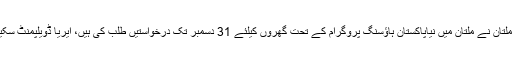
جیو نیوز کے مطابق پنجاب ہاﺅسنگ اینڈ ٹاﺅن پلاننگ ایجنسی سب ریجن ملتان نے ملتان میں نیاپاکستان ہاﺅسنگ پروگرام کے تحت گھروں کیلئے 31 دسمبر تک درخواستیں طلب کی ہیں، ایریا ڈویلپمنٹ سکیم یو بلاک مدنی چوک ملتان میں رہائشی اپارٹمنٹس تعمیرکئے جائیں گے۔